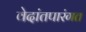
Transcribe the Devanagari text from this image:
वेदांतपारंगत